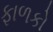
ફાળકો